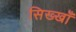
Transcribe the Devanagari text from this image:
सिख्खाँ